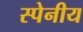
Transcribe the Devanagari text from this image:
स्पेनीय